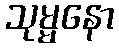
သုမ္မနော